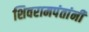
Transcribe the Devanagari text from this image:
शिवरामपंतांनी